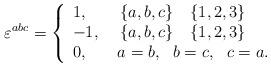
LaTeX: \begin{align*}\varepsilon^{abc}=\left\{\begin{array}{ll}1, & ~\left\{a,b,c\right\}~~\left\{1,2,3\right\}\\-1, & ~\left\{a,b,c\right\}~~\left\{1,2,3\right\}\\0, & ~a=b,~~b=c,~~c=a.\end{array}\right.\end{align*}